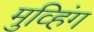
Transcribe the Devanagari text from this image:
मुव्हिंग